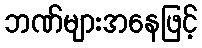
ဘဏ်များအနေဖြင့်